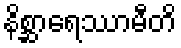
နိစ္ဆာရေဿာမီတိ